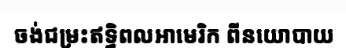
ចង់ជម្រះឥទ្ធិពលអាមេរិក ពីនយោបាយ